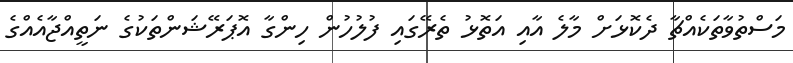
މަސްތުވާތަކެއްޗާ ދެކޮޅަށް މާލެ އާއި އަތޮޅު ތެރޭގައި ފުލުހުން ހިންގާ އޮޕަރޭޝަންތަކުގެ ނަތީއްޖާއެއްގެ